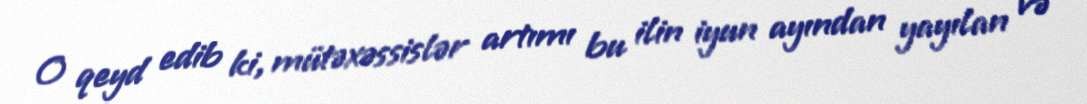
O qeyd edib ki, mütəxəssislər artımı bu ilin iyun ayından yayılan və